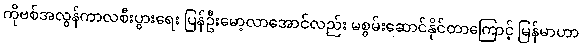
ကိုဗစ်အလွန်ကာလစီးပွားရေး ပြန်ဦးမော့လာအောင်လည်း မစွမ်းဆောင်နိုင်တာကြောင့် မြန်မာဟာ